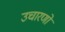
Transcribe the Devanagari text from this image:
उचारणों